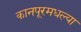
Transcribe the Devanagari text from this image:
कानपूरमधल्या